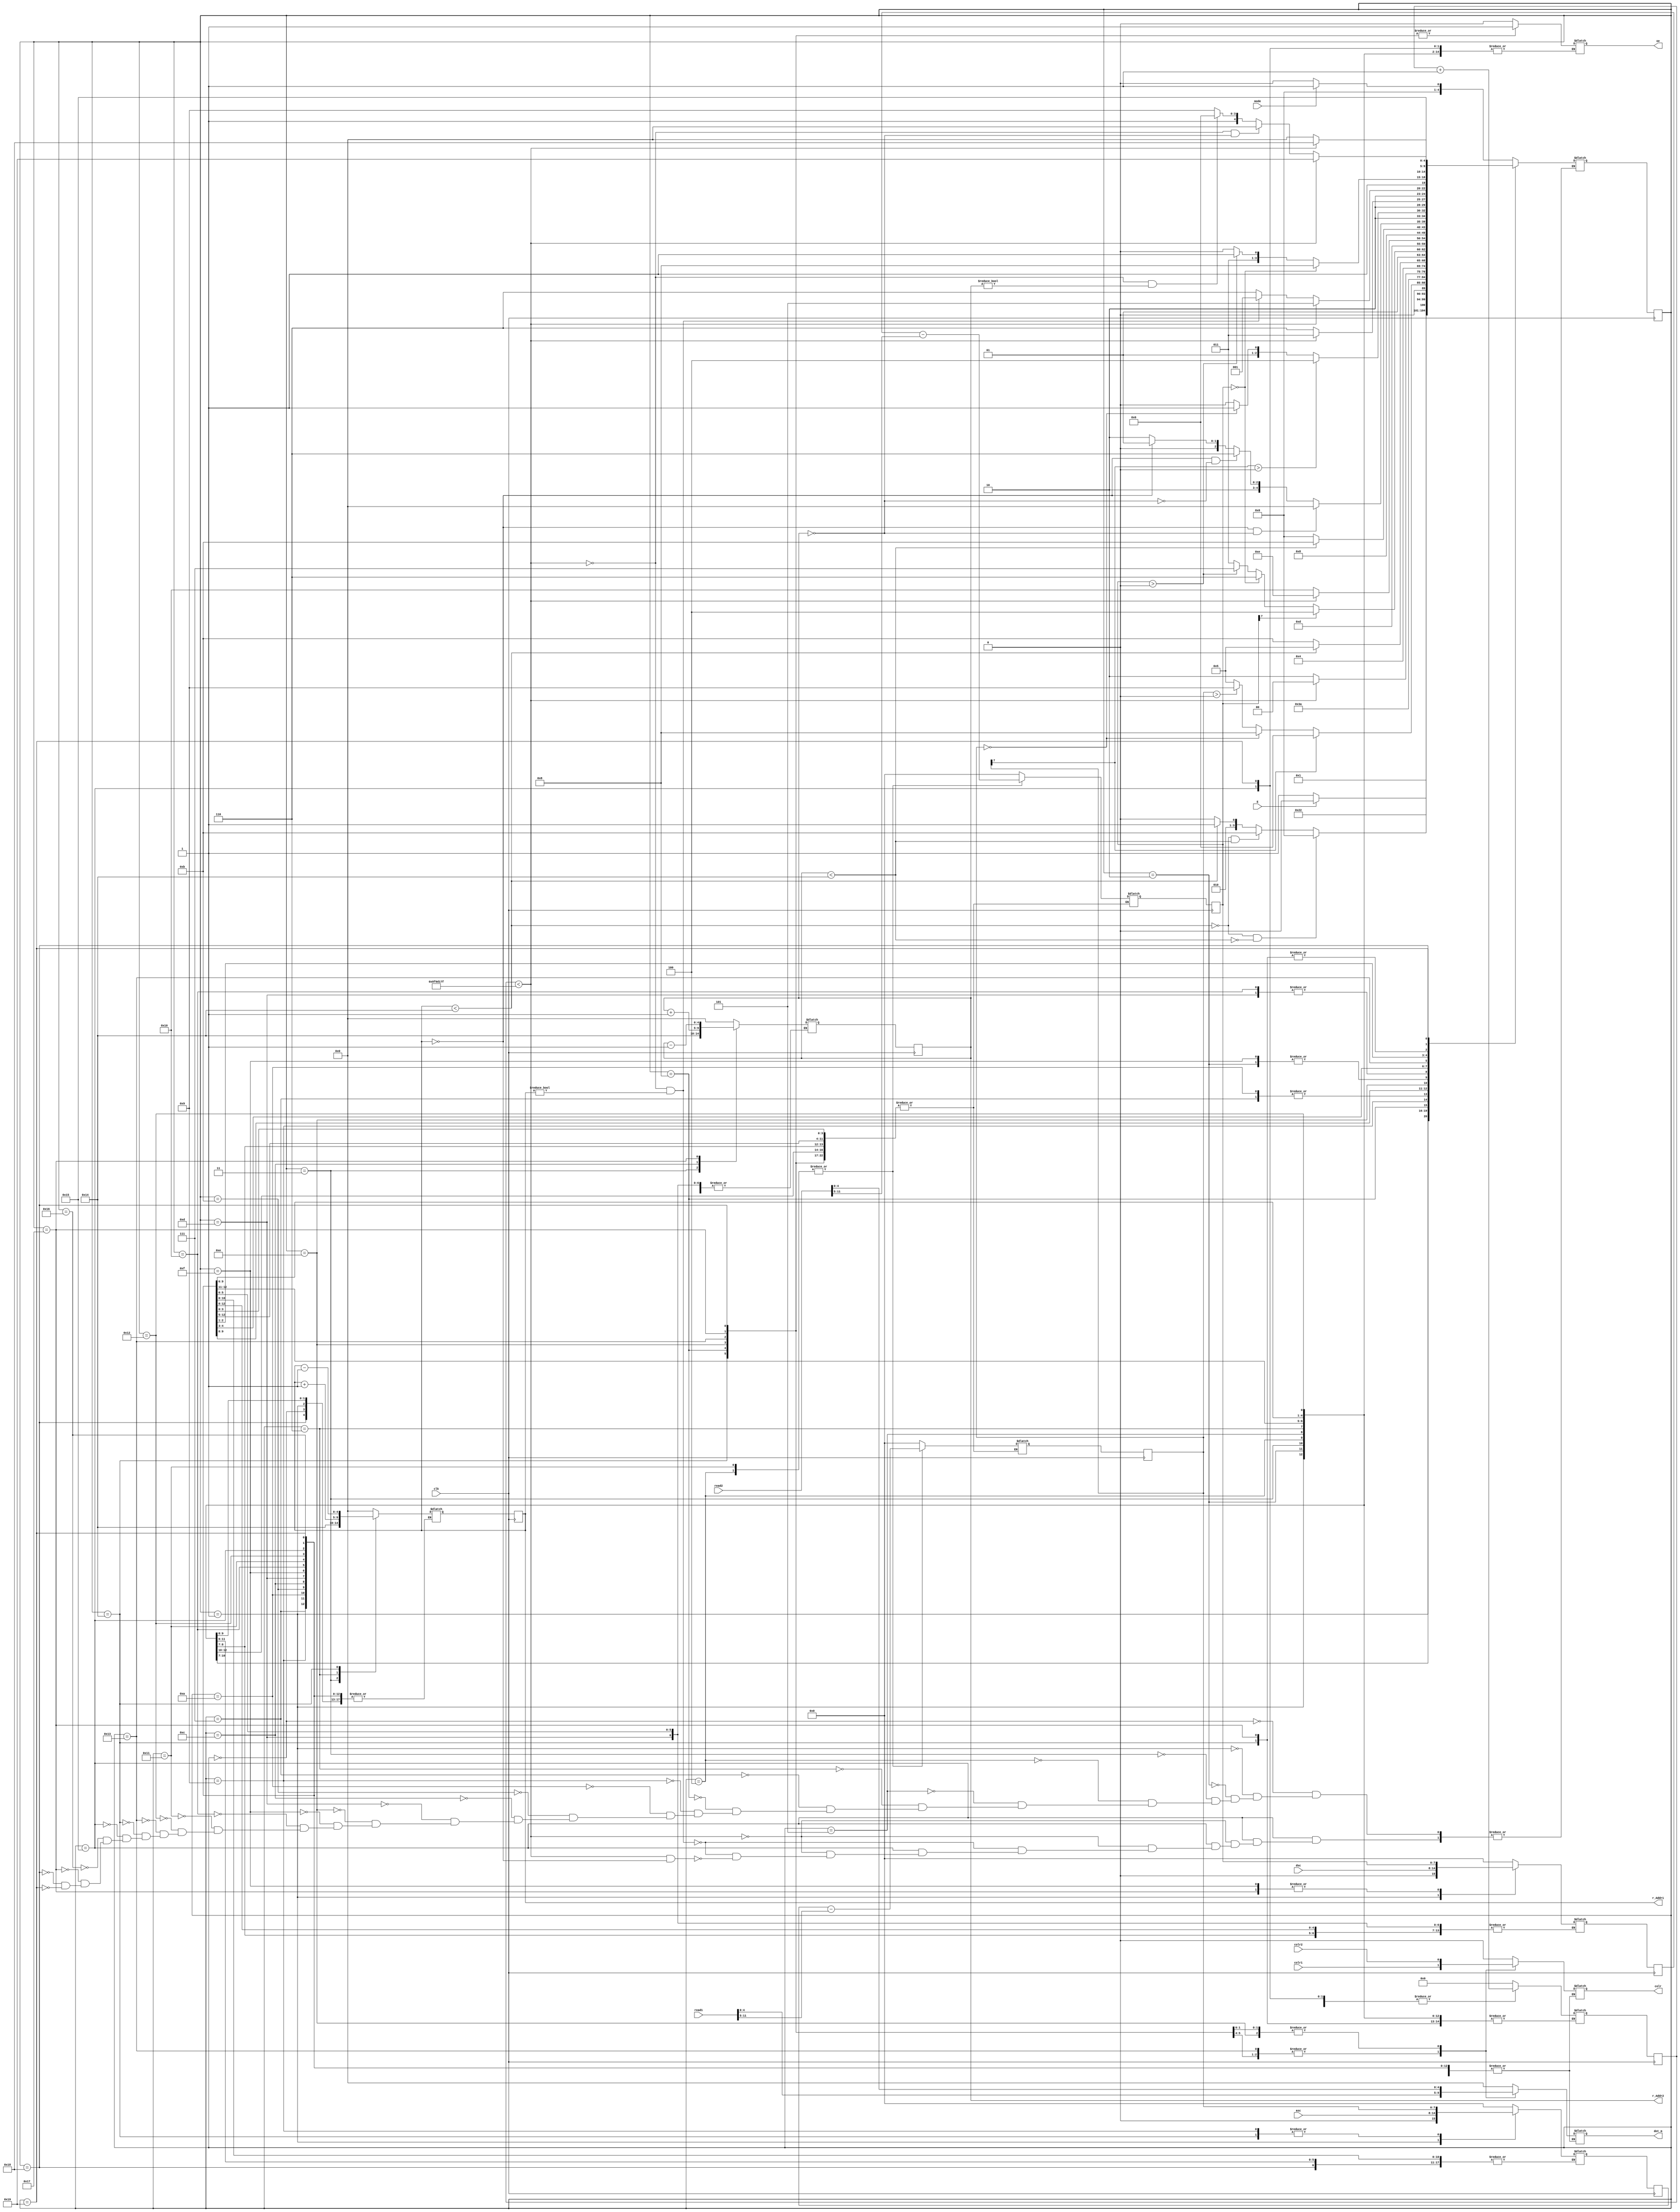
`timescale 1ns / 1ps
//////////////////////////////////////////////////////////////////////////////////
// Company: 
// Engineer: 
// 
// Design Name: 
// Module Name:    intelligent_stimuli_comparison_unit 
// Project Name: 
// Target Devices: 
// Tool versions: 
// Description: 
//
// Dependencies: 
//
// Revision: 
// Revision 0.01 - File Created
// Additional Comments: 
//
//////////////////////////////////////////////////////////////////////////////////
module intelligent_stimuli_comparison_unit(clk, E, asc, dsc, mode, read1, read2, colr1, colr2, colr, oe, dot_m, r_Addr1, r_Addr2);
	input clk, E, mode, colr1, colr2;
	input [6:0] asc, dsc;
	input [11:0] read1, read2;
	output reg colr, oe;
	output reg [4:0] dot_m, r_Addr1, r_Addr2;
	
	reg [4:0] state, nextstate,  r_Addr1Next,  r_Addr2Next;
	reg [7:0] ascReg, ascRegNext, dscReg, dscRegNext, 
				 remReg1, remReg1Next, remReg2, remReg2Next;
	reg [27:0] cnt, cntNext;
	
	//Sequential Logic
	always @(posedge clk)
	begin
		state <= nextstate;
		ascReg <= ascRegNext;
		dscReg <= dscRegNext;
		remReg1 <= remReg1Next;
		remReg2 <= remReg2Next;
		cnt <= cntNext;
		r_Addr1 <= r_Addr1Next;
		r_Addr2 <= r_Addr2Next;
	end
	
	//Combinational Logic
	always @(*)
		case(state)
			5'b00000:
			begin
				ascRegNext = 8'b0;
				dscRegNext = 8'b0;
				cntNext = 28'b0;
				remReg1Next = 8'b0;
				remReg2Next = 8'b0;
				nextstate = (mode)? 5'b00001: 5'b00000;
			end
			
			5'b00001:
			begin
				ascRegNext = {1'b0, asc[6:0]}; //Concatanation for zero extension
				dscRegNext = {1'b0, dsc[6:0]};
				nextstate = (E)? 5'b00010:5'b00011;
			end
			
			5'b00010:
			begin
				r_Addr1Next = 5'b0;
				r_Addr2Next = 5'b0;
				nextstate = 5'b00100;
			end
			
			5'b00011:
			begin
				r_Addr1Next = 5'b10100;
				r_Addr2Next = 5'b10100;
				nextstate = 5'b10001;
			end
			
			5'b00100:
			begin
				remReg1Next = ascReg - {1'b0, read1[11:5]};
				remReg2Next = dscReg - {1'b0, read2[11:5]};
				if ( !(r_Addr1 < 5'b10100) && !(r_Addr2 < 5'b10100))
					nextstate = 5'b00000;
				else if ( !(r_Addr1 < 5'b10100) && (r_Addr2 < 5'b10100))
					nextstate = 5'b01011;
				else if (r_Addr1 < 5'b10100)
					nextstate = 5'b00101;
				else
				 nextstate = 5'b00100;
			end
			
			5'b00101:
			if (remReg1[7] == 1)
				nextstate = 5'b00110;
			else if (remReg1 == 8'b00000000)
				nextstate = 5'b01000;
			else if (remReg1 > 8'b00000000)
				nextstate = 5'b01001;
			else
				nextstate = 5'b00101;
				
			5'b00110:
			begin
				r_Addr1Next = r_Addr1 + 1;
				nextstate = 5'b00111;
			end
			
			5'b00111:
			if (r_Addr1 < 5'b10100)
				nextstate = 5'b00101;
			else if (!(r_Addr1 < 5'b10100))
				nextstate = 5'b01011;
			else
				nextstate = 5'b00111;
				
			5'b01000:
			begin
				colr = colr1;
				dot_m = read1[4:0];
				cntNext = cnt + 1;
				oe = 1'b1;
				if (cnt < 28'b1000111100001101000101111111)
					nextstate = 5'b01000;
				else if (!(cnt < 28'b1000111100001101000101111111))
					nextstate = 5'b01010;
			end
			
			5'b01001:
			begin
				ascRegNext = remReg1;
				nextstate = 5'b00010;
			end
			
			5'b01010:
			begin
				oe = 1'b0;
				cntNext = 28'b0;
				if (r_Addr1 < 5'b10100)
					nextstate = 5'b00101;
				else if (!(r_Addr1 < 5'b10100))
					nextstate = 5'b01011;
				else 
					nextstate = 5'b01010;
			end
			
			5'b01011:
			if (remReg2[7] == 1)
				nextstate = 5'b01100;
			else if (remReg2 == 8'b00000000)
				nextstate = 5'b01110;
			else if (remReg2 > 8'b00000000)
				nextstate = 5'b01111;
			else
				nextstate = 5'b01011;
			
			5'b01100:
			begin
				r_Addr2Next = r_Addr2 + 1;
				nextstate = 5'b01101;
			end
			
			5'b01101:
			if (r_Addr2 < 5'b10100)
				nextstate = 5'b01011;
			else if (!(r_Addr2 < 5'b10100))
				nextstate = 5'b00000;
			else
				nextstate = 5'b01101;
			
			5'b01110:
			begin
				colr = colr2;
				dot_m = read2[4:0];
				cntNext = cnt + 1;
				oe = 1'b1;
				if (cnt < 28'b1000111100001101000101111111)
					nextstate = 5'b01110;
				else if (!(cnt < 28'b1000111100001101000101111111))
					nextstate = 5'b10000;
				else
					nextstate = 5'b01110;
			end
			
			5'b01111:
			begin
				dscRegNext = remReg2;
				r_Addr2Next = 5'b00000;
				nextstate = 5'b00100;
			end
			
			5'b10000:
			begin
				oe = 1'b0;
				cntNext = 28'b0;
				if (r_Addr2 < 5'b10100)
					nextstate = 5'b01011;
				else if (!(r_Addr2 < 5'b10100))
					nextstate = 5'b00000;
				else
					nextstate = 5'b10000;
			end
			
			5'b10001:
			begin
				remReg1Next = ascReg - {1'b0, read1[11:5]};
				remReg2Next = dscReg - {1'b0, read2[11:5]};
				cntNext = 28'b0;
				oe = 1'b0;
				if ((r_Addr1 == 5'b00000) && (r_Addr2 == 5'b00000))
					nextstate = 5'b00000;
				else if ((r_Addr1 == 5'b00000) && !(r_Addr2 == 5'b00000))
					nextstate = 5'b10110;
				else if ( !(r_Addr1 == 5'b00000))
					nextstate = 5'b10010;
				else
					nextstate = 5'b10001;
			end
			
			5'b10010:
			if (remReg1[7] > 8'b00000000)
				nextstate = 5'b10100;
			else if (remReg1 == 8'b00000000)
				nextstate = 5'b10011;
			else
				nextstate = 5'b10010;
				
			5'b10011:
			begin
				colr = colr1;
				dot_m = read1[4:0];
				oe = 1'b1;
				cntNext = cnt + 1;
				if (cnt < 28'b1000111100001101000101111111)
					nextstate = 5'b10011;
				else if (!(cnt < 28'b1000111100001101000101111111))
					nextstate = 5'b10110;
				else
					nextstate = 5'b10011;
			end
			
			5'b10100:
			begin
				colr = colr1;
				dot_m = read1[4:0];
				oe = 1'b1;
				r_Addr1Next = r_Addr1 - 1;
				ascRegNext = remReg1;
				nextstate = 5'b10101;
			end
			
			5'b10101:
			begin
				cntNext = cnt + 1;
				if (cnt < 28'b1000111100001101000101111111)
					nextstate = 5'b10101;
				else if ( !(cnt < 28'b1000111100001101000101111111) && r_Addr1 != 8'b00000000)
					nextstate = 5'b10001;
				else if ( cnt < 28'b1000111100001101000101111111 && r_Addr1 == 8'b00000000)
					nextstate = 5'b10110;
			end
			
			5'b10110:
			begin
				cntNext = 28'b0;
				oe = 1'b0;
				if (remReg2 == 8'b00000000)
					nextstate = 5'b11000;
				else if (remReg2 > 8'b00000000)
					nextstate = 5'b10111;
				else 
					nextstate = 5'b10110;
			end
			
			5'b10111:
			begin
				colr = colr2;
				dot_m = read2[4:0];
				oe = 1'b1;
				r_Addr2Next = r_Addr2 - 1;
				dscRegNext = remReg2;
				nextstate = 5'b10101;
			end
			
			5'b11000:
			begin
				colr = colr2;
				dot_m = read2[4:0];
				oe = 1'b1;
				cntNext = cnt + 1;
				if (cnt < 28'b1000111100001101000101111111)
					nextstate = 5'b11000;
				else if (!(cnt < 28'b1000111100001101000101111111))
					nextstate = 5'b00000;
				else
					nextstate = 5'b11000;
			end
			
			5'b11001:
			begin
				cntNext = cnt + 1;
				if (cnt < 28'b1000111100001101000101111111)
					nextstate = 5'b11001;
				else if ( !(cnt < 28'b1000111100001101000101111111) && r_Addr2 == 8'b00000000)
					nextstate = 5'b00000;
				else if ( !(cnt < 28'b1000111100001101000101111111) && r_Addr2 != 8'b00000000)
					nextstate = 5'b10110;
				else
					nextstate = 5'b11001;
			end
			
			default:
			begin
				ascRegNext = 8'b0;
				dscRegNext = 8'b0;
				cntNext = 28'b0;
				remReg1Next = 8'b0;
				remReg2Next = 8'b0;
				r_Addr1Next = 5'b0;
				r_Addr2Next = 5'b0;
				colr = 1'b0;
				dot_m = 5'b0;
				oe = 1'b0;
			end
		endcase
endmodule